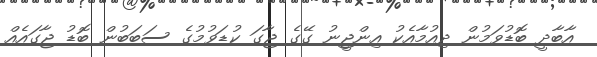
އާބާދީ ބޮޑުވަމުން ދިއުމާއެކު އިންޖީނު ގޭގެ ޖާގަ ކުޑަވުމުގެ ސަބަބުން ބޮޑު ޖާގައެއް